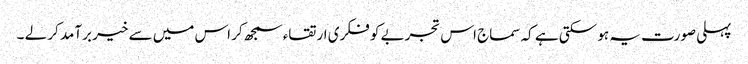
پہلی صورت یہ ہو سکتی ہے کہ سماج اس تجربے کو فکری ارتقاء سمجھ کر اس میں سے خیر برآمد کر لے ۔